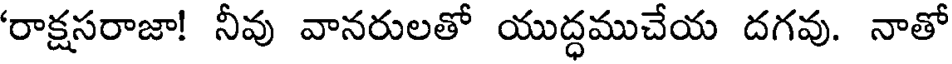
'రాక్షసరాజా! నీవు వానరులతో యుద్ధముచేయ దగవు. నాతో